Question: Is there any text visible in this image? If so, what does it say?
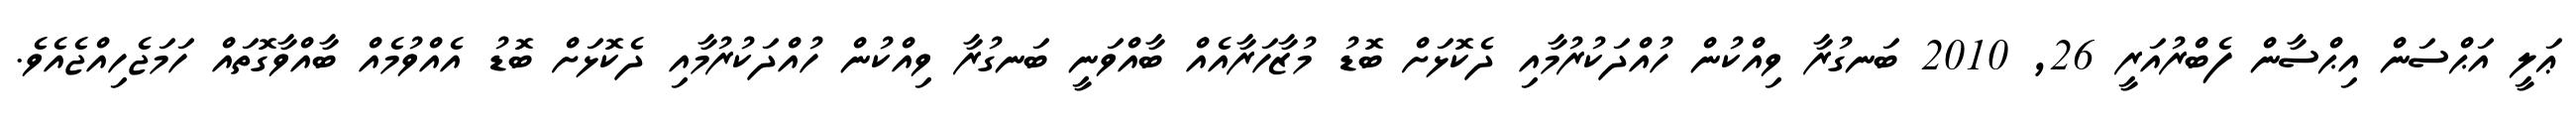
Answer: ޢަލީ އަޙްސަން އިޙްސާން ފެބްރުއަރީ 26, 2010 ބަނގުރާ ވިއްކުން ހުއްދަކުރުމާއި ދެކޮޅަށް ބޮޑު މުޒާހަރާއެއް ބާއްވަނީ ބަނގުރާ ވިއްކުން ހުއްދަކުރުމާއި ދެކޮޅަށް ބޮޑު އެއްވުމެއް ބާއްވާގޮތައް ހަމަޖެހިއްޖެއެވެ.